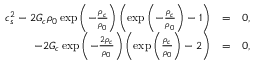
\begin{array} { r l r } { c _ { s } ^ { 2 } - 2 G _ { c } \rho _ { 0 } \exp \left( - \frac { \rho _ { c } } { \rho _ { 0 } } \right) \left( \exp \left( - \frac { \rho _ { c } } { \rho _ { 0 } } \right) - 1 \right) } & { = } & { 0 , } \\ { - 2 G _ { c } \exp \left( - \frac { 2 \rho _ { c } } { \rho _ { 0 } } \right) \left( \exp \left( \frac { \rho _ { c } } { \rho _ { 0 } } \right) - 2 \right) } & { = } & { 0 , } \end{array}